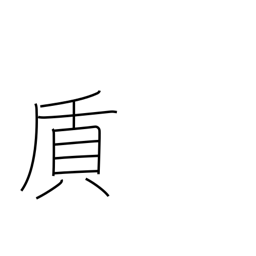
Meaning: material